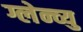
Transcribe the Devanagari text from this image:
ग्लेन्व्यु